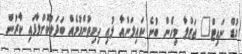
ގުޑް ނައިޓް" ޖަޒްލާ މިހެން ބުނެ ކައިލަންއާ ލުއި ހިނިތުންވުމެއް ބަދަލުކޮށްލާފައި ކާރުން